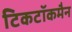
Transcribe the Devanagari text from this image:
टिकटॉकमैन